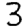
Digit: 3